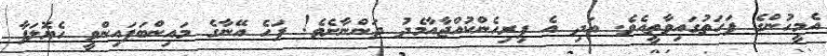
އެމީހުންގެ ފަހަތުގައިވާތީއެވެ. އަދި އެ ފިރިހެންކުއްޖާއާމެދު ދަންނާށެވެ! ފަހެ އޭނާގެ މައިންބަފައިންވީ ހެޔޮލަފާ